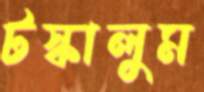
টস্‌কালুম